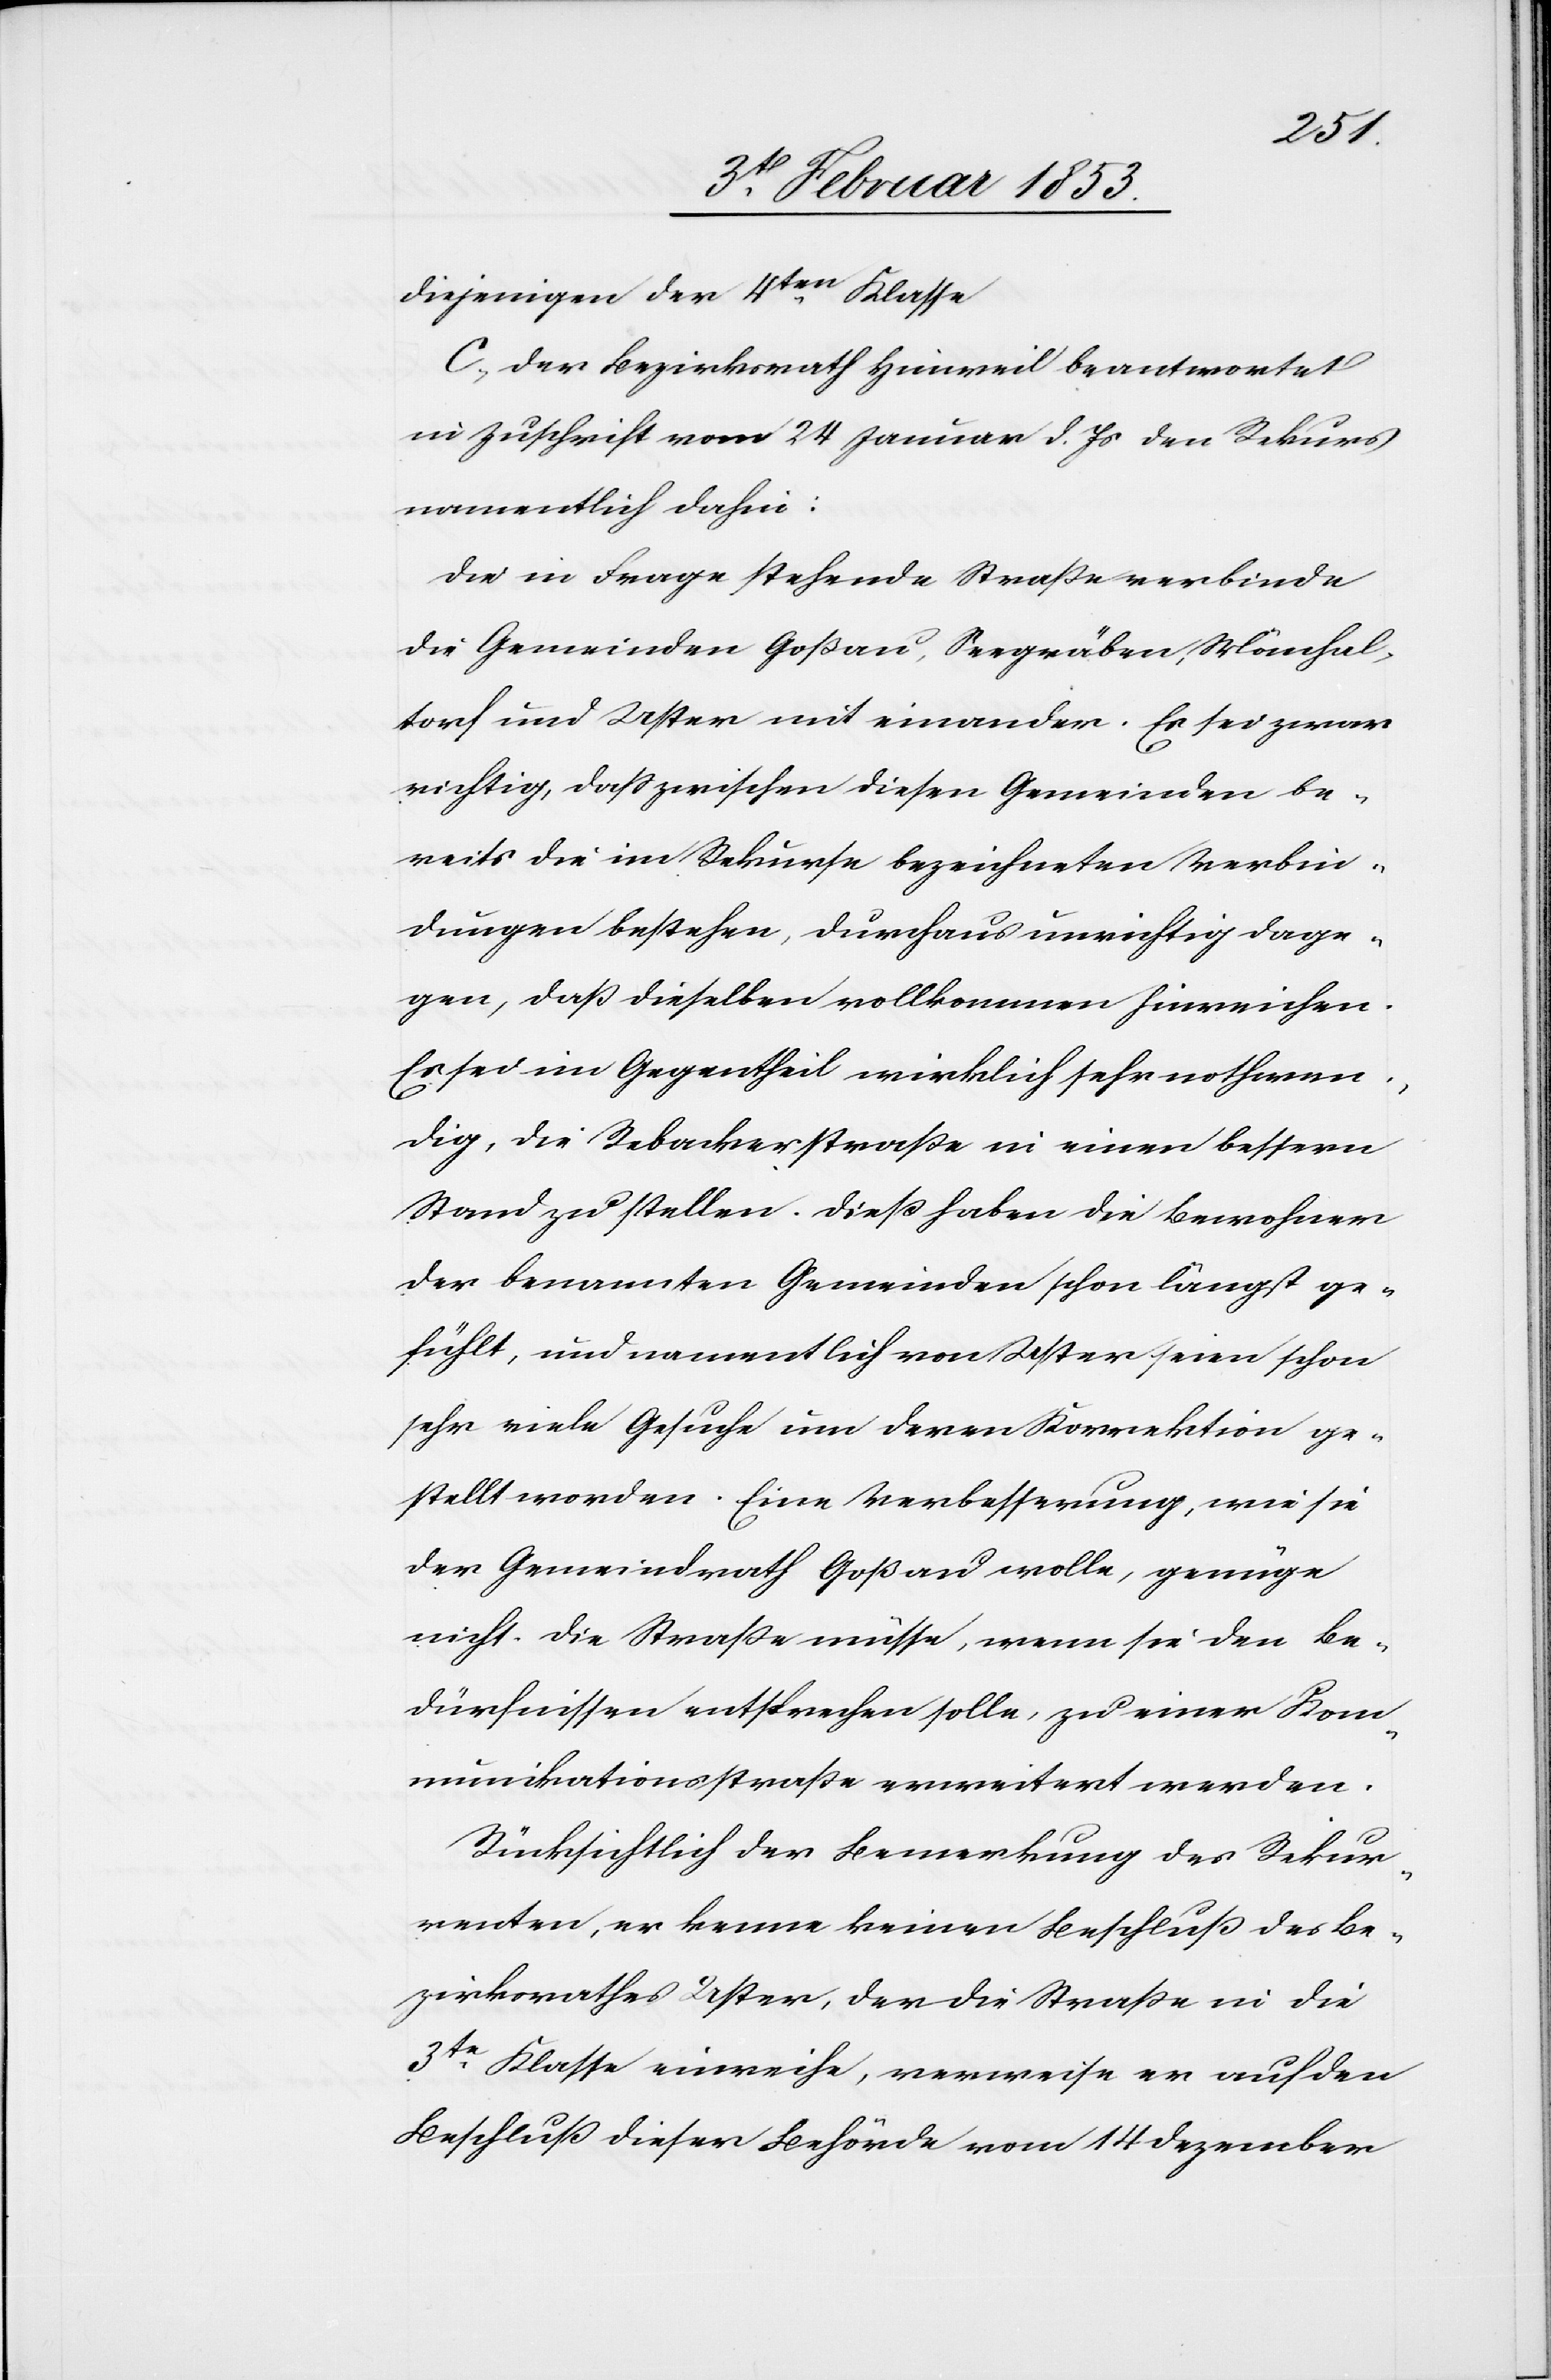
diejenigen der 4ten. Klasse.
C. Der Bezirksrath Hinweil beantwortet
in Zuschrift vom 24 Januar d. Js. den Rekurs
namentlich dahin:
Die in Frage stehende Straße verbinde
die Gemeinden Goßau, Seegräben, Mönchal¬
torf und Uster mit einander. Es sei zwar
richtig, daß zwischen diesen Gemeinden be¬
reits die im Rekurse bezeichneten Verbin¬
dungen bestehen, durchaus unrichtig dage¬
gen, daß dieselben vollkommen hinreichen.
Es sei im Gegentheil wirklich sehr nothwen¬
dig, die Rebackerstraße in einen bessern
Stand zu stellen. Dieß haben die Bewohner
der benannten Gemeinden schon längst ge¬
fühlt, und namentlich von Uster seien schon
sehr viele Gesuche um deren Korrektion ge¬
stellt worden. Eine Verbesserung, wie sie
der Gemeindrath Goßau wolle, genüge
nicht. Die Straße müsse, wenn sie den Be¬
dürfnissen entsprechen solle, zu einer Kom¬
munikationsstraße erweitert werden.
Rücksichtlich der Bemerkung des Rekur¬
renten, er kenne keinen Beschluß des Be¬
zirksrathes Uster, der die Straße in die
3te. Klasse einreihe, verweise er auf den
Beschluß dieser Behörde vom 14 Dezember